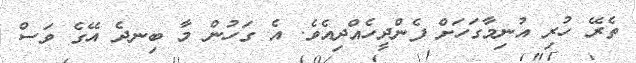
ތެރޭ ހުރި އުނިމާގަހަށް ފެންދީހެއްދިއެވެ. އެ ގަހުން މާ ބިނދެ އޭގެ ވަސް